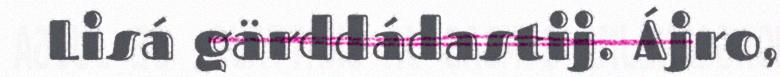
Lisá gärddádastij. Ájro,